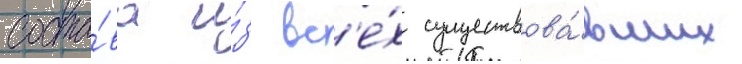
соста́ва и́з вс'е́х существова́вших